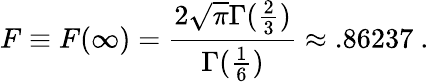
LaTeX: F\equiv F(\infty)=\frac{2\sqrt\pi\Gamma(\frac{2}{3})}{\Gamma(\frac{1}{6})}\approx.86237\ .